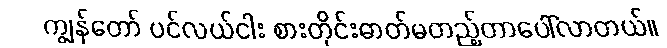
ကျွန်တော် ပင်လယ်ငါး စားတိုင်းဓာတ်မတည့်တာပေါ်လာတယ်။